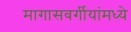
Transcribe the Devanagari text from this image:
मागासवर्गीयांमध्ये